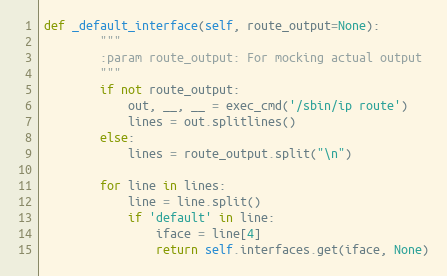
Language: Python
def _default_interface(self, route_output=None):
        """
        :param route_output: For mocking actual output
        """
        if not route_output:
            out, __, __ = exec_cmd('/sbin/ip route')
            lines = out.splitlines()
        else:
            lines = route_output.split("\n")

        for line in lines:
            line = line.split()
            if 'default' in line:
                iface = line[4]
                return self.interfaces.get(iface, None)